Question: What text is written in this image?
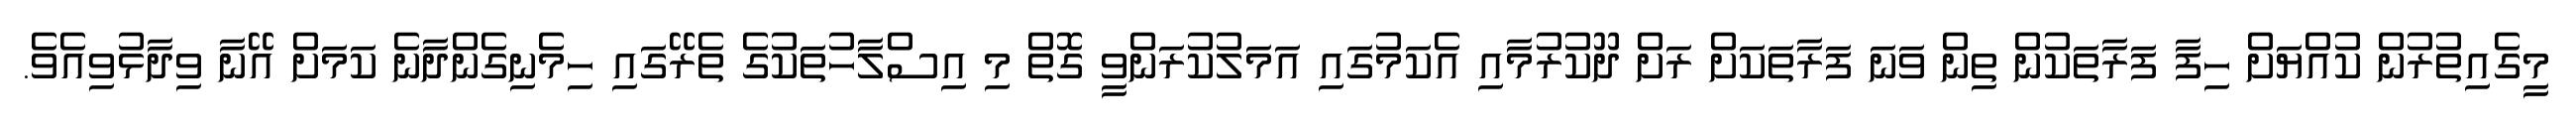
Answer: މީގެއިތުރުން ކުއްޔަށް ހިފާ ފަރާތަކުން ތިން ވަނަ ފަރާތަކަށް ރަށް ދޫކުރުމާއި އެކަމުގައި އަމަލުކުރަންވީ ގޮތް މި އިސްލާހުތަކުގެ ތެރޭގައި ހިމެނިގެންދާނެ ކަމަށް އޭނާ ވިދާޅުވިއެވެ.